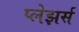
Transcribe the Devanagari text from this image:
प्लेझर्स